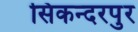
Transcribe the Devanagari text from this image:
सिकन्‍दरपुर